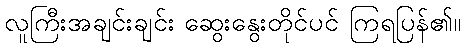
လူကြီးအချင်းချင်း ဆွေးနွေးတိုင်ပင် ကြရပြန်၏။